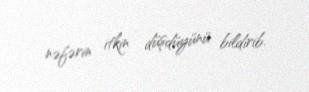
nəfərin itkin düşdüyünü bildirib.